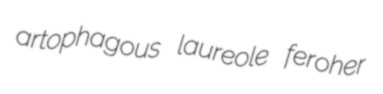
artophagous laureole feroher